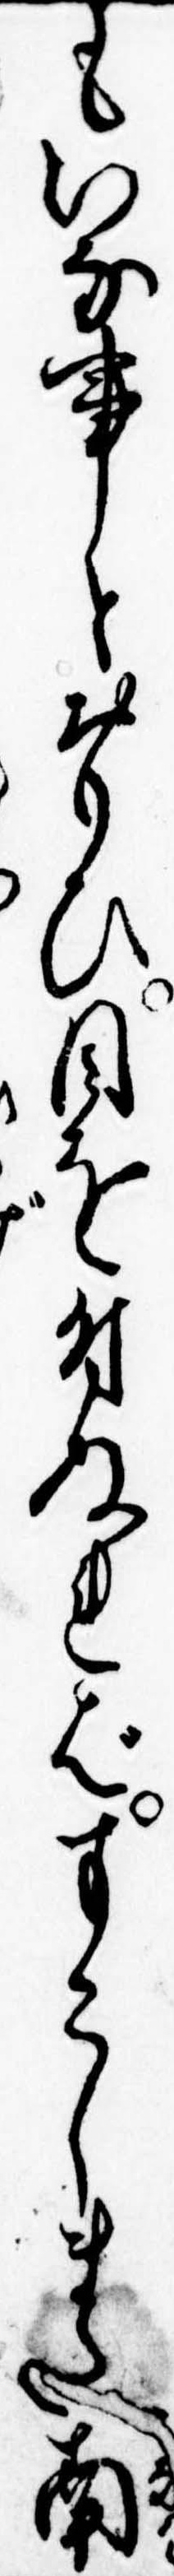
もいな事とおもひ目を付ぬればすこしまた南